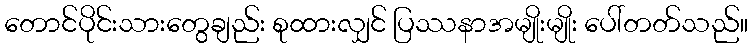
တောင်ပိုင်းသားတွေချည်း စုထားလျှင် ပြဿနာအမျိုးမျိုး ပေါ်တတ်သည်။